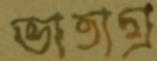
ভাতাগ্র